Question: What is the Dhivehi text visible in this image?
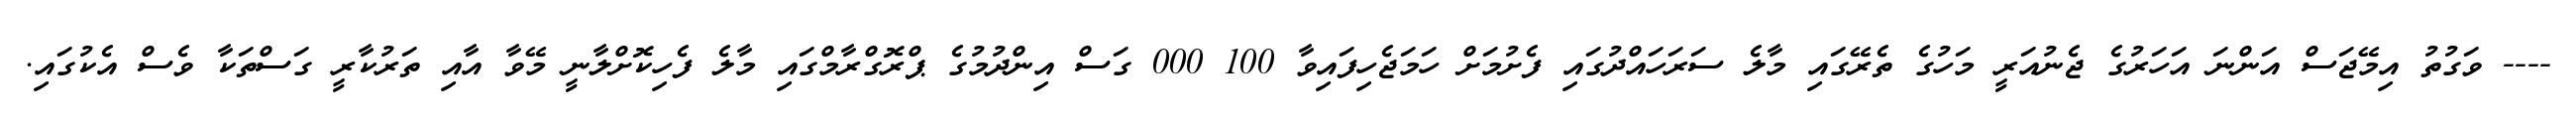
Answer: ---- ވަގުތު އިމޭޖަސް އަންނަ އަހަރުގެ ޖެނުއަރީ މަހުގެ ތެރޭގައި މާލެ ސަރަހައްދުގައި ފެށުމަށް ހަމަޖެހިފައިވާ 100 000 ގަސް އިންދުމުގެ ޕްރޮގްރާމްގައި މާލެ ފެހިކޮށްލާނީ މޭވާ އާއި ތަރުކާރީ ގަސްތަކާ ވެސް އެކުގައި.